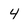
Character: 4